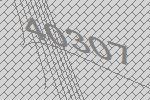
40307